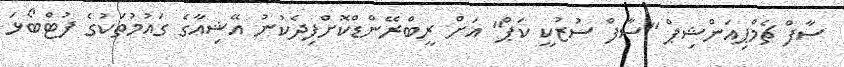
ސާފް ޗެމްޕިއަންޝިޕް "ސާފް ސުޒުކީ ކަޕް" އަށް ރީބްރޭންޑްކޮށްފިދެކުނު އޭޝިއާގެ ގައުމުތަކުގެ ފުޓްބޯޅަ